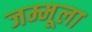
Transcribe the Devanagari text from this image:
जम्मूला